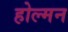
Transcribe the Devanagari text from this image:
होल्मन